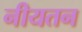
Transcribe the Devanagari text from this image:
नीयतन